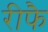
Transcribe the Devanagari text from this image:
रीफै